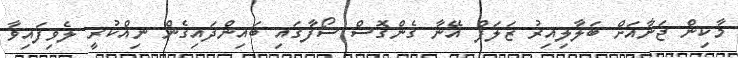
މާކިން ޖަނާއަށް ބަލާލިއިރު ޒަލަފް އޭނާ ގެންގޮސް ސޯފާގައި ބައިންދައިގެން ނިއްކުރީ ލެވިފައިވާ